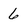
Character: 6